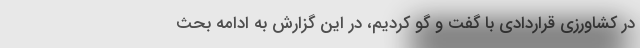
در کشاورزی قراردادی با گفت و گو کردیم، در این گزارش به ادامه بحث